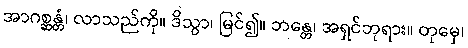
အာဂစ္ဆန္တံ၊ လာသည်ကို။ ဒိသွာ၊ မြင်၍။ ဘန္တေ၊ အရှင်ဘုရား။ တုမှေ၊